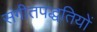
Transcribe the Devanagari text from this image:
संगीतपद्धतियों